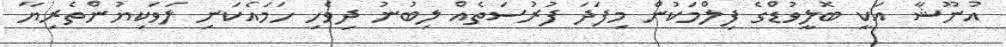
އުނޫޝާ އަކީ ބޮލީވުޑްގެ ފިލްމަކުން މިފަދަ ފުރުސަތެއް ލިބުނު ދިވެހި ހަމައެކަނި ލަވަކިޔުންތެރިޔާ